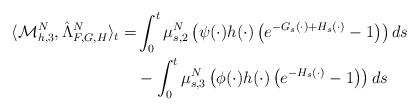
LaTeX: \begin{align*}\langle\mathcal{M}^N_{h,3}, \hat{\Lambda}^N_{F, G, H}\rangle_t=&\int_0^t\mu_{s,2}^N\left(\psi(\cdot)h(\cdot)\left(e^{-G_s(\cdot)+H_s(\cdot)}-1\right)\right)ds\\&-\int_0^t\mu_{s,3}^N\left(\phi(\cdot)h(\cdot)\left(e^{-H_s(\cdot)}-1\right)\right)ds\end{align*}